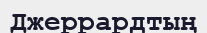
Джеррардтың